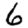
Digit: 6